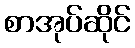
စာအုပ်ဆိုင်